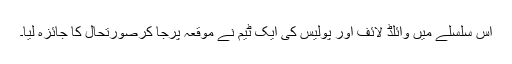
اس سلسلے میں وائلڈ لائف اور پولیس کی ایک ٹیم نے موقعہ پرجا کرصورتحال کا جائزہ لیا۔